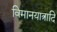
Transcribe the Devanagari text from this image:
विमानयात्रादि